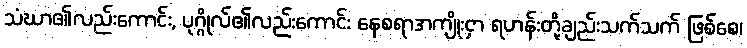
သံဃာ၏လည်းကောင်း, ပုဂ္ဂိုလ်၏လည်းကောင်း နေစရာအကျိုးငှာ ရဟန်းတို့ချည်းသက်သက် ဖြစ်စေ၊